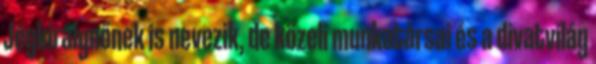
Jégkirálynőnek is nevezik, de közeli munkatársai és a divatvilág